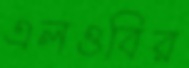
এলওবির